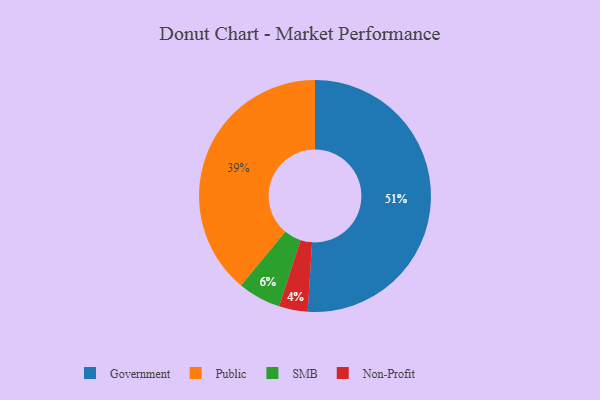
{"axis": {"x": "Category", "y": "Percentage"}, "legend": ["Government", "Non-Profit", "Public", "SMB"], "data": [{"x": "Government", "y": 51, "type": "Government"}, {"x": "Non-Profit", "y": 4, "type": "Non-Profit"}, {"x": "Public", "y": 39, "type": "Public"}, {"x": "SMB", "y": 6, "type": "SMB"}]}